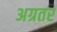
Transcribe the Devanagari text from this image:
अग्रतर